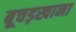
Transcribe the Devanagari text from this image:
बूचड़खाना